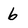
Character: 6